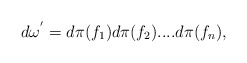
\begin{align*}d{\omega}^{'}=d{\pi}(f_1)d{\pi}(f_2)....d{\pi}(f_{n}),\end{align*}